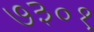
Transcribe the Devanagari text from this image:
७३०१